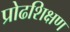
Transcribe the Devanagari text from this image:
प्रोढशिक्षण